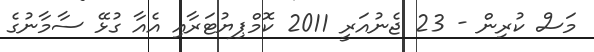
މަސް ކުރިން - 23 ޖެނުއަރީ 2011 ކޮމްޕިޔުޓަރާއި އެއާ ގުޅޭ ސާމާނުގެ